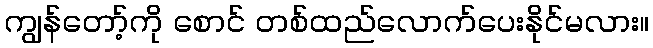
ကျွန်တော့်ကို စောင် တစ်ထည်လောက်ပေးနိုင်မလား။